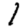
Digit: 1